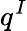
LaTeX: q^{I}